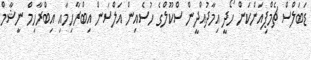
ޑަބަލްސް ޗެމްޕިއަންކަން ހޯދީ އިމާދުއްދީން ސްކޫލްގެ ހުސެއިން އަލްސަން އިބްރާހިމާއި އިބްރާހިމް ނީޝާމް